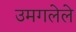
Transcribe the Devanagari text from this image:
उमगलेले